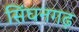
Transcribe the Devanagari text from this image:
सिंघनगढ़